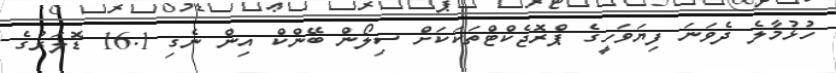
ހުޅުމާލެ ދެވަނަ ފިޔަވަހީގެ ޕްރޮޖެކްޓްތަކަކަށް ސިލޯން ބޭންކް އިން ނެގި 16.1 ޑޮލަރުގެ